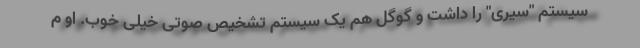
سیستم "سیری" را داشت و گوگل هم یک سیستم تشخیص صوتی خیلی خوب. او م